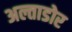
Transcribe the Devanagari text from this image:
अल्ताडोर